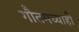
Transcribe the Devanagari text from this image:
गौतमच्याही